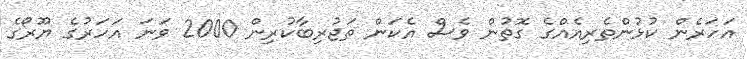
އަހަރެން ކުޅުންތެރިއެއްގެ ގޮތުން ވެސް އެކަން ތަޖުރިބާކުރިން 2000 ވަނަ އަހަރުގެ ޔޫރޯގެ